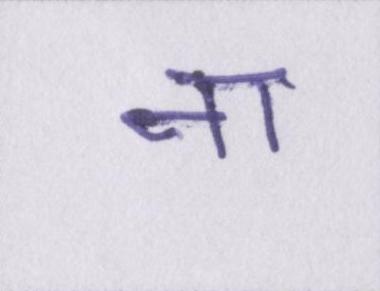
ना